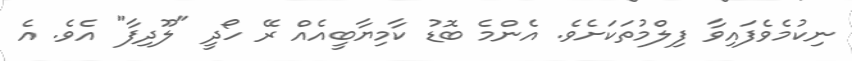
ނިކުމެވެފައިވާ ފިލްމުތަކަށެވެ. އެންމެ ބޮޑު ކާމިޔާބީއެއް ރޭ ހޯދީ "ލޫދިފާ" އެވެ. އެ